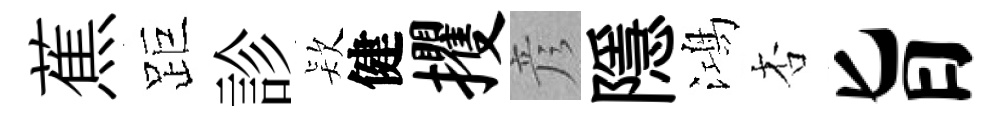
蕉距診𣣇健攫彦隱鴻杏旨